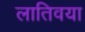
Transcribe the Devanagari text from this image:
लातिवया